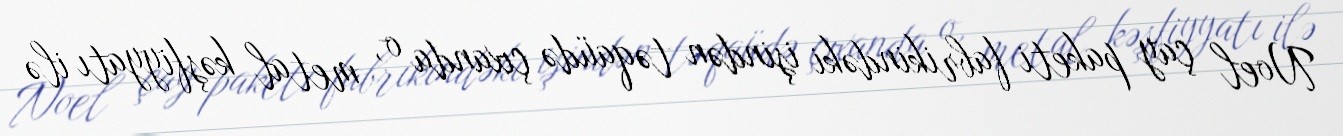
Noel çay paketi fabrikindəki işindən təqaüdə çıxanda o, metal kəşfiyyatı ilə